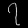
Digit: ၇